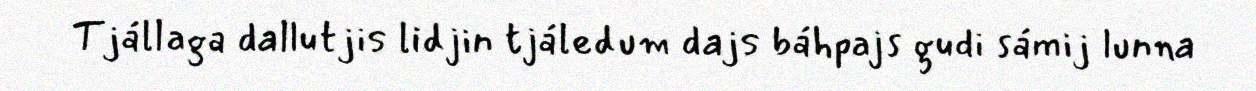
Tjállaga dallutjis lidjin tjáledum dajs báhpajs gudi sámij lunna